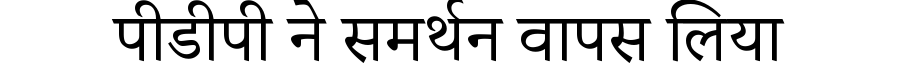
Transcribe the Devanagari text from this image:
पीडीपी ने समर्थन वापस लिया